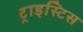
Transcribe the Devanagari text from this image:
ट्राइस्टिस